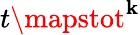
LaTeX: t\mapstot^{\mathbf{k}}